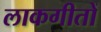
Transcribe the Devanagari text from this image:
लाकगीतों